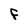
Character: F